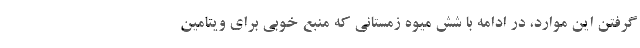
گرفتن این موارد، در ادامه با شش میوه زمستانی که منبع خوبی برای ویتامین